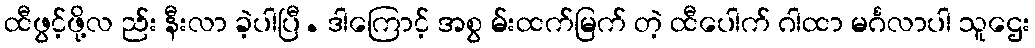
ထီဖွင့်ဖို့လ ည်း နီးလာ ခဲ့ပါပြီ. ဒါကြောင့် အစွ မ်းထက်မြက် တဲ့ ထီပေါက် ဂါထာ မင်္ဂလာပါ သူဌေး